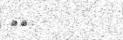
٣٩